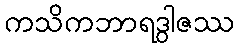
ကသိကဘာရဒွါဇဿ